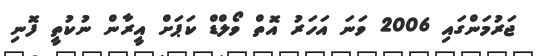
ޖަރުމަންގައި 2006 ވަނަ އަހަރު އޮތް ވޯލްޑް ކަޕަށް އީރާން ނުކުތީ ފޮނި